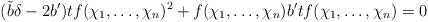
LaTeX: \begin{align*} (\tilde{b}\delta -2b^{\prime})tf(\chi_1,\dots,\chi_n)^2+f(\chi_1,\dots,\chi_n)b^{\prime}tf(\chi_1,\dots,\chi_n)=0 \end{align*}